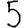
Digit: 5